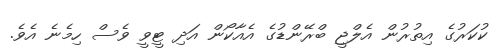
ކުކަރުގެ އިތުރުން އެލްޖީ ބްރޭންޑުގެ އެއާކޯން އަދި ޓީވީ ވެސް ހިމެނެ އެވެ.